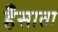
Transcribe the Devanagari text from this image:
हँसाता